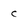
Character: C